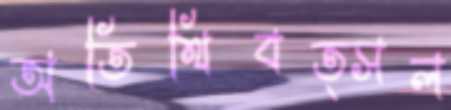
অতিথিবত্সল